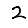
Digit: 2